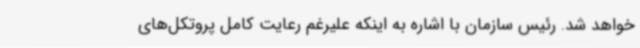
خواهد شد. رئیس سازمان با اشاره به اینکه علیرغم رعایت کامل پروتکل‌های